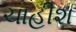
ચાહીશ